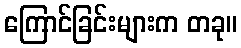
ကြောင်ခြင်းများက တခု။